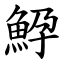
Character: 䱆